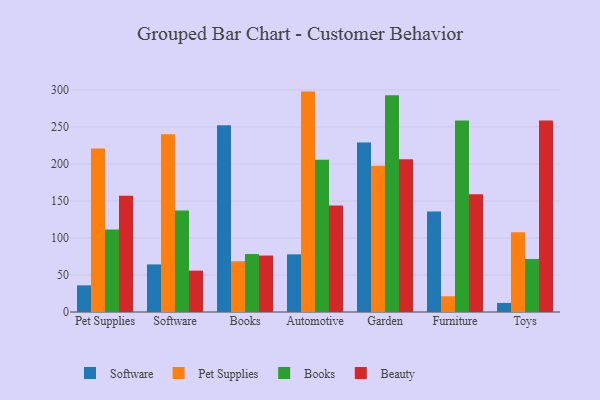
{"axis": {"x": "Category", "y": "Inventory Turnover"}, "legend": ["Beauty", "Books", "Pet Supplies", "Software"], "data": [{"x": "Pet Supplies", "y": 36.0, "type": "Software"}, {"x": "Pet Supplies", "y": 220.9, "type": "Pet Supplies"}, {"x": "Pet Supplies", "y": 111.5, "type": "Books"}, {"x": "Pet Supplies", "y": 157.1, "type": "Beauty"}, {"x": "Software", "y": 64.3, "type": "Software"}, {"x": "Software", "y": 240.3, "type": "Pet Supplies"}, {"x": "Software", "y": 137.2, "type": "Books"}, {"x": "Software", "y": 55.9, "type": "Beauty"}, {"x": "Books", "y": 252.4, "type": "Software"}, {"x": "Books", "y": 68.6, "type": "Pet Supplies"}, {"x": "Books", "y": 78.4, "type": "Books"}, {"x": "Books", "y": 76.3, "type": "Beauty"}, {"x": "Automotive", "y": 77.9, "type": "Software"}, {"x": "Automotive", "y": 297.8, "type": "Pet Supplies"}, {"x": "Automotive", "y": 205.6, "type": "Books"}, {"x": "Automotive", "y": 143.9, "type": "Beauty"}, {"x": "Garden", "y": 228.9, "type": "Software"}, {"x": "Garden", "y": 197.7, "type": "Pet Supplies"}, {"x": "Garden", "y": 292.9, "type": "Books"}, {"x": "Garden", "y": 206.4, "type": "Beauty"}, {"x": "Furniture", "y": 135.8, "type": "Software"}, {"x": "Furniture", "y": 21.3, "type": "Pet Supplies"}, {"x": "Furniture", "y": 258.9, "type": "Books"}, {"x": "Furniture", "y": 159.1, "type": "Beauty"}, {"x": "Toys", "y": 12.3, "type": "Software"}, {"x": "Toys", "y": 107.6, "type": "Pet Supplies"}, {"x": "Toys", "y": 71.7, "type": "Books"}, {"x": "Toys", "y": 258.6, "type": "Beauty"}]}